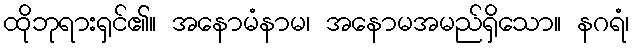
ထိုဘုရားရှင်၏။ အနောမံနာမ၊ အနောမအမည်ရှိသော။ နဂရံ၊